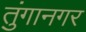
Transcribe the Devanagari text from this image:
तुंगानगर